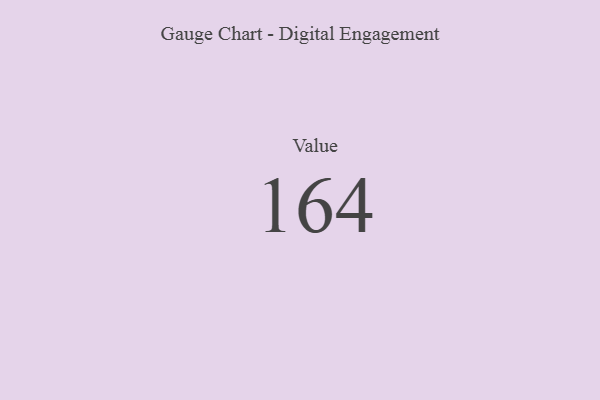
{"axis": {"x": "Metric", "y": "Value"}, "legend": [""], "data": [{"x": "Value", "y": 164, "type": ""}]}